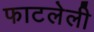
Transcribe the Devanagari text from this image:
फाटलेली